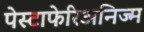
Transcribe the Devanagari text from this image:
पेस्टाफेरिअनिज्म